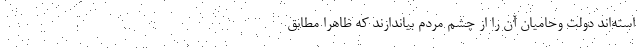
استه‌اند دولت وحامیان آن را از چشم مردم بیاندازند که ظاهراً مطابق